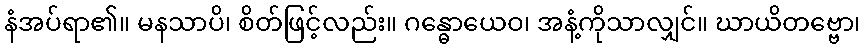
နံအပ်ရာ၏။ မနသာပိ၊ စိတ်ဖြင့်လည်း။ ဂန္ဓောယေဝ၊ အနံ့ကိုသာလျှင်။ ဃာယိတဗ္ဗော၊